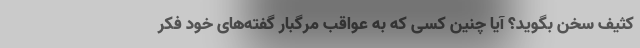
کثیف سخن بگوید؟ آیا چنین کسی که به عواقب مرگبار گفته‌های خود فکر